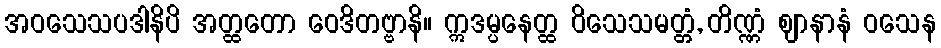
အဝသေသပဒါနိပိ အတ္ထတော ဝေဒိတဗ္ဗာနိ။ ဣဒမ္ပနေတ္ထ ဝိသေသမတ္တံ, တိဏ္ဏံ ဈာနာနံ ဝသေန